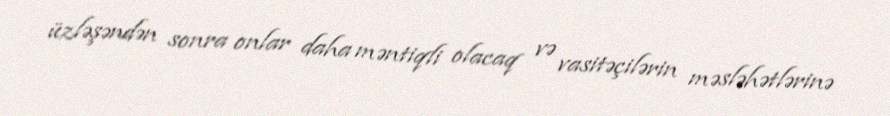
üzləşəndən sonra onlar daha məntiqli olacaq və vasitəçilərin məsləhətlərinə